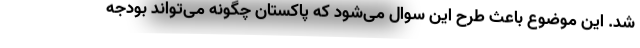
شد. این موضوع باعث طرح این سوال می‌شود که پاکستان چگونه می‌تواند بودجه